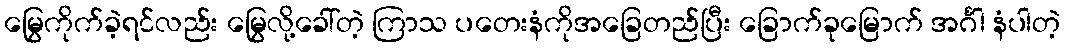
မြွေကိုက်ခဲ့ရင်လည်း မြွေလို့ခေါ်တဲ့ ကြာသ ပတေးနံကိုအခြေတည်ပြီး ခြောက်ခုမြောက် အင်္ဂါ နံပါတဲ့